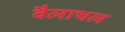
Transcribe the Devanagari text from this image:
वैलाथल